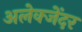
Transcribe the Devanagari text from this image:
अलेक्जेंदर